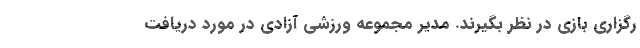
رگزاری بازی در نظر بگیرند. مدیر مجموعه ورزشی آزادی در مورد دریافت